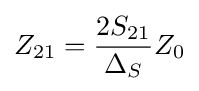
Z_{21}={2S_{21} \over \Delta _{S}}Z_{0}